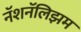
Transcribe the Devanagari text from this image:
नॅशनॅलिझम